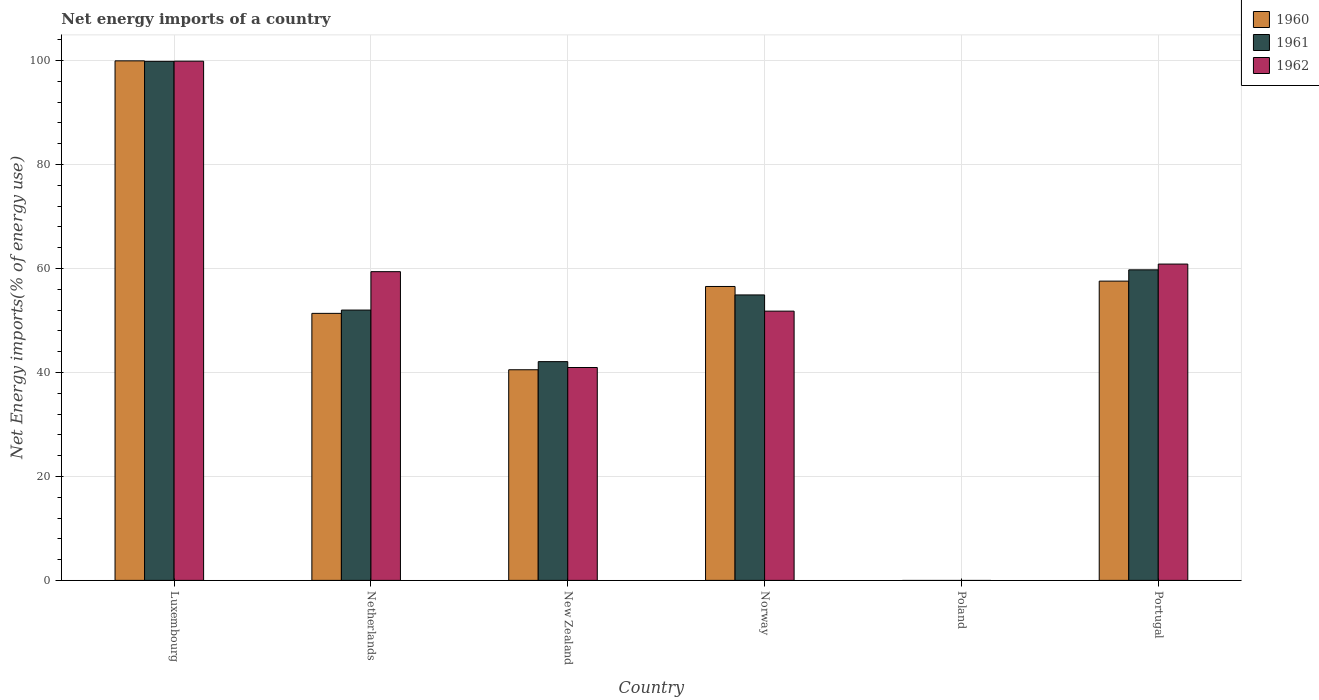
| Country | 1960 | 1961 | 1962 |
 | --- | --- | --- | --- |
 | Luxembourg | 99.9 | 99.9 | 99.9 |
 | Netherlands | 51.4 | 52 | 59.4 |
 | New Zealand | 40.5 | 42.1 | 41 |
 | Norway | 56.5 | 54.9 | 51.8 |
 | Poland | -19.6 | -17.7 | -14.7 |
 | Portugal | 57.6 | 59.7 | 60.9 |